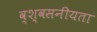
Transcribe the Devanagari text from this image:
व्श्वसनीयता